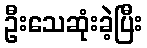
ဦးသေဆုံးခဲ့ပြီး